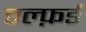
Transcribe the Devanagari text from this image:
एल्फ़र्ड